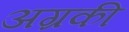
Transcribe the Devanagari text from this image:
अग्रकी